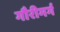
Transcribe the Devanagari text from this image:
गौरीमर्ग